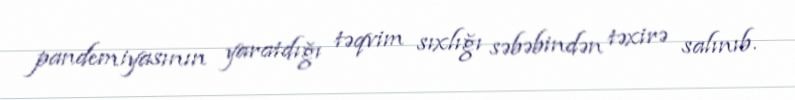
pandemiyasının yaratdığı təqvim sıxlığı səbəbindən təxirə salınıb.